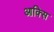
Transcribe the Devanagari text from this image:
आक्सि